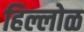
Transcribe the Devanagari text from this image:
हिल्लोळ